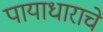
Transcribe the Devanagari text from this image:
पायाधाराचे